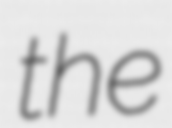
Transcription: the